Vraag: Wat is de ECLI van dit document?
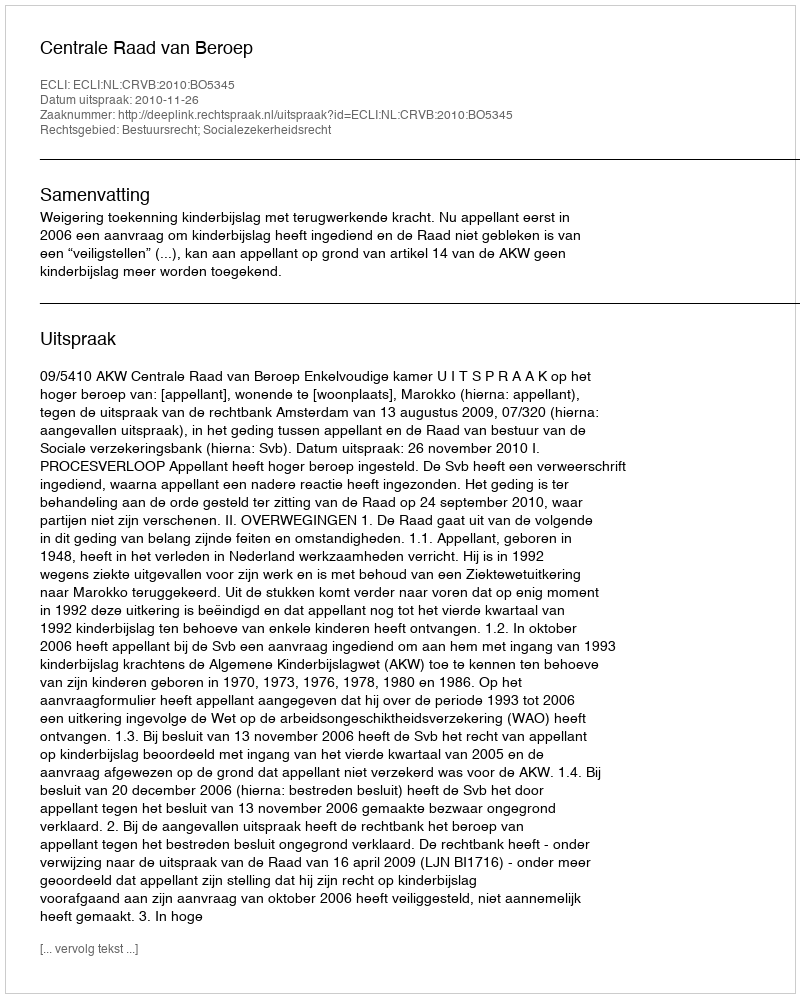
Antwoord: ECLI:NL:CRVB:2010:BO5345